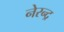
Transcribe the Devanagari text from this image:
नेरन्द्र